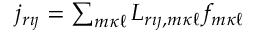
\begin{array} { r } { j _ { r { \imath \jmath } } = \sum _ { m { \kappa \ell } } L _ { r { \imath \jmath } , m { \kappa \ell } } \, f _ { m { \kappa \ell } } } \end{array}